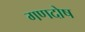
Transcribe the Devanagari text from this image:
गणदोष